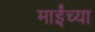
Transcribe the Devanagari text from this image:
माईंच्या